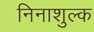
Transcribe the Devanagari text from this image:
निनाशुल्क